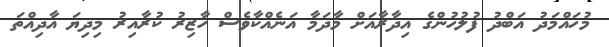
މުހައްމަދު އަބްދު ފުލުހުންގެ އިދާރާއަށް މާދަމާ އަނެއްކާވެސް ހާޒިރު ކުރާއިރު މިދިޔަ އާދިއްތަ